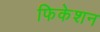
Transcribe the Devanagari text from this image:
फिकेशन